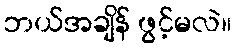
ဘယ်အချိန် ဖွင့်မလဲ။